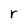
Character: r